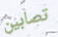
تصابين